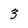
Character: 3